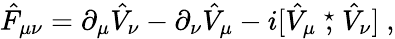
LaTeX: \hat{F}_{\mu\nu}=\partial_{\mu}\hat{V}_{\nu}-\partial_{\nu}\hat{V}_{\mu}-i[\hat{V}_{\mu}\stackrel{\star}{,}\hat{V}_{\nu}]~,